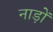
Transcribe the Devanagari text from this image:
नाड़ों